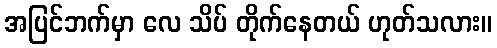
အပြင်ဘက်မှာ လေ သိပ် တိုက်နေတယ် ဟုတ်သလား။